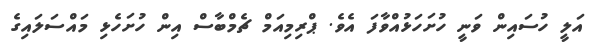
އަލީ ހުސައިން ވަނީ ހުށަހަޅުއްވާފަ އެވެ. ޕްރިމިއަމް ޗެމްބާސް އިން ހުށަހެޅި މައްސަލައިގެ